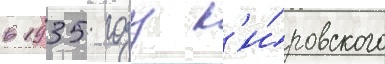
в 1935 году к'и́ровского